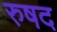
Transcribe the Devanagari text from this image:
रुषद